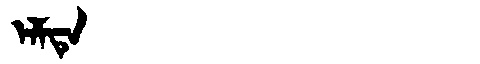
Manchu: ᡝᠯᠮᡨᡝ
Romanization: ELMTE